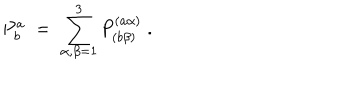
P _ { b } ^ { a } \; = \; \sum _ { \alpha , \beta = 1 } ^ { 3 } P _ { ( b \beta ) } ^ { ( a \alpha ) } \; .